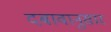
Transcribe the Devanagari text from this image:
दबावानुसार